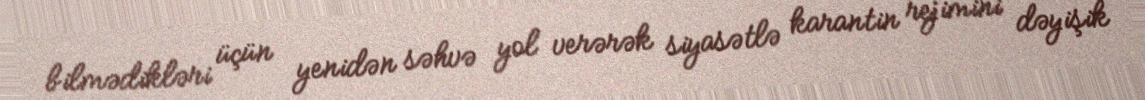
bilmədikləri üçün yenidən səhvə yol verərək siyasətlə karantin rejimini dəyişik